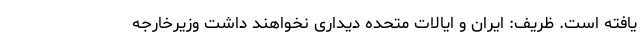
یافته است. ظریف: ایران و ایالات متحده دیداری نخواهند داشت وزیرخارجه